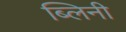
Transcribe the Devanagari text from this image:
ब्लिनी